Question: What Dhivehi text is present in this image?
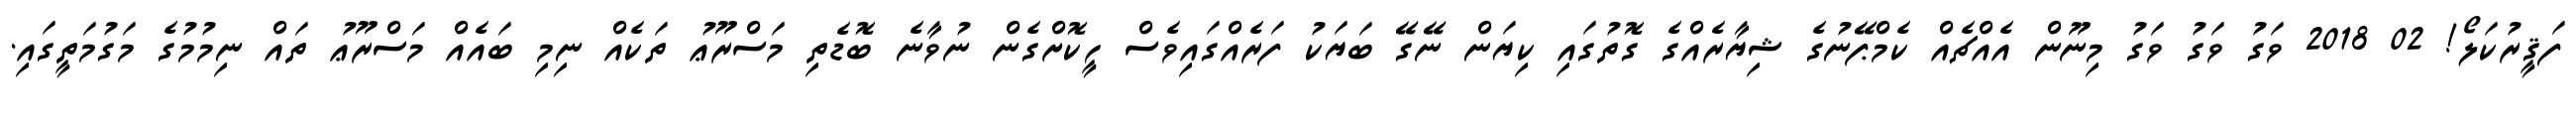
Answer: ފަޤީރުކަލޯ! 02 2018 ވަގު ވަގު ވަގު މިނޫން އެއްޗެއް ކެމްޕޭނުގެ ޝިޔާރެއްގެ ގޮތުގައި ކިޔަން ނޭގޭ ބަޔަކު ފަރެއްގައިވެސް ހީކޮށްގެން ނުވާނެ ބޮޑެތި މަސްރޫޢު ތަކެއް ނިމި ބައެއް މަސްރޫޢު ތައް ނިމުމުގެ މަގުމަތީގައި.